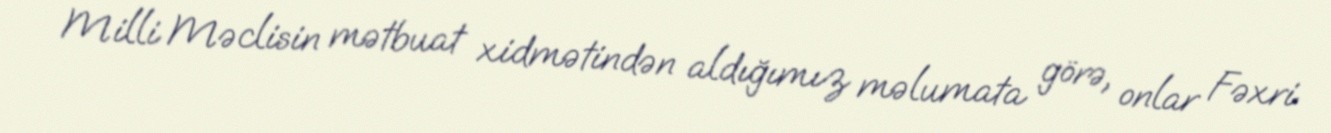
Milli Məclisin mətbuat xidmətindən aldığımız məlumata görə, onlar Fəxri